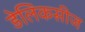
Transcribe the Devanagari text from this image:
डेलिकसीज